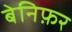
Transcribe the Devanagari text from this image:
बेनिफ़र